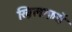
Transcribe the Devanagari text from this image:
ख़िलाफ़तें